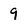
Character: 9